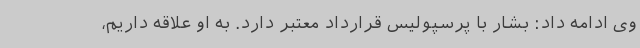
وی ادامه داد: بشار با پرسپولیس قرارداد معتبر دارد. به او علاقه داریم،